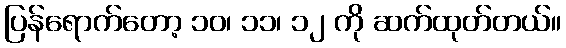
ပြန်ရောက်တော့ ၁၀၊ ၁၁၊ ၁၂ ကို ဆက်ထုတ်တယ်။